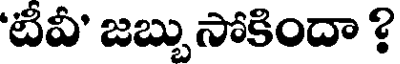
'టీవీ' జబ్బు సోకిందా ?